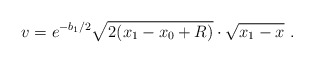
\begin{align*}v = e^{-b_1/2} \sqrt{2(x_1-x_0+R)}\cdot\sqrt{x_1-x} ~.\end{align*}